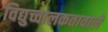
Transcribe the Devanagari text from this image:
विद्युच्चालकतावाले